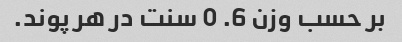
بر حسب وزن 6. 0 سنت در هر پوند.